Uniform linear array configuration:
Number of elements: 32
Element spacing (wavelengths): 0.5
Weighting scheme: exponential
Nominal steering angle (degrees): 15
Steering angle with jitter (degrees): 13.117
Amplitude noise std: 0.05
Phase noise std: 0.05

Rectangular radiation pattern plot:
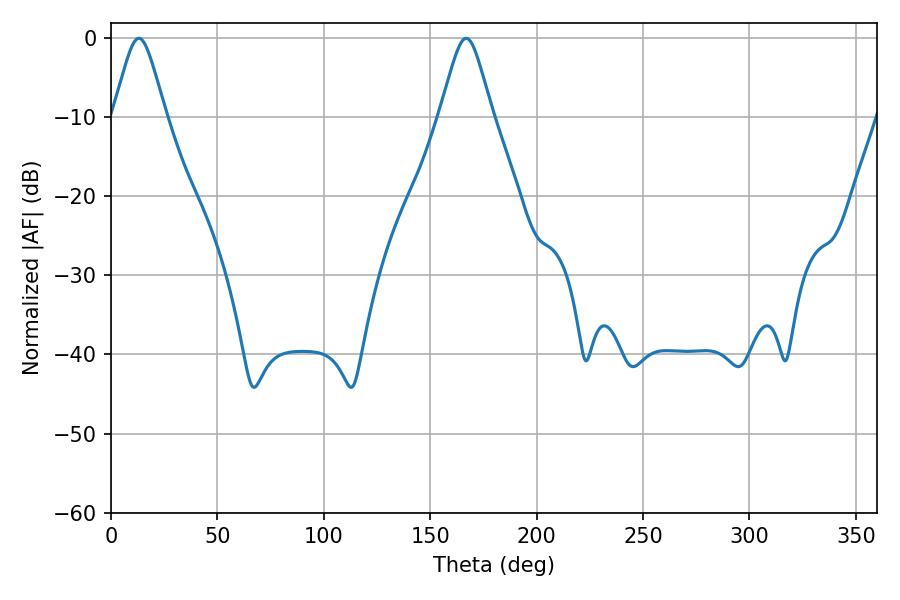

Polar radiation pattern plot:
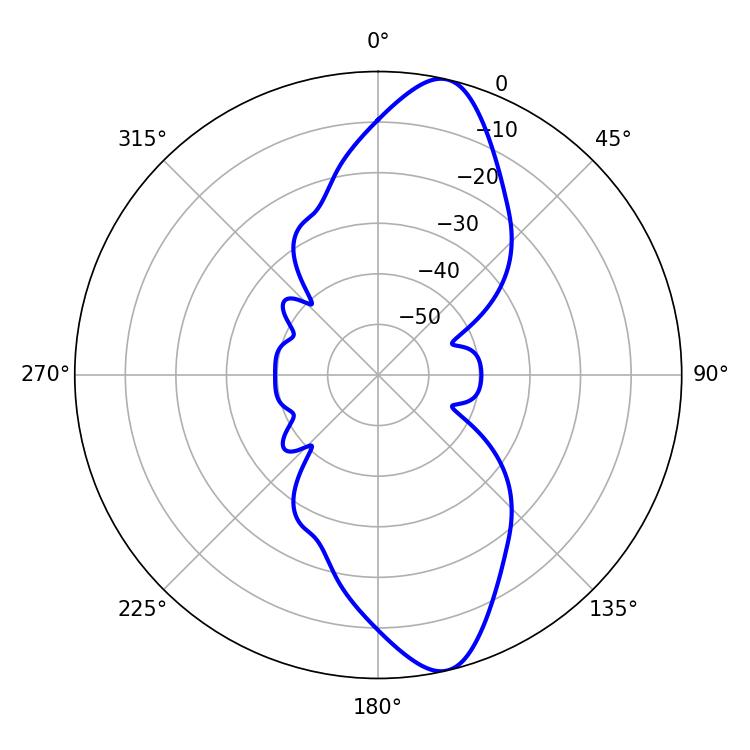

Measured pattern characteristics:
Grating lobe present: FALSE
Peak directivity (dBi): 12.411
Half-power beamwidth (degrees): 11.88
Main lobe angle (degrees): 13.14